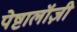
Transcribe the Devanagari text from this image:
पेष्टालॉज़ी